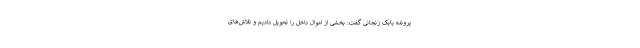
پرونده بابک زنجانی گفت: بخشی از اموال داخل را تحویل دادیم و تلاش‌های